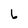
Character: 6